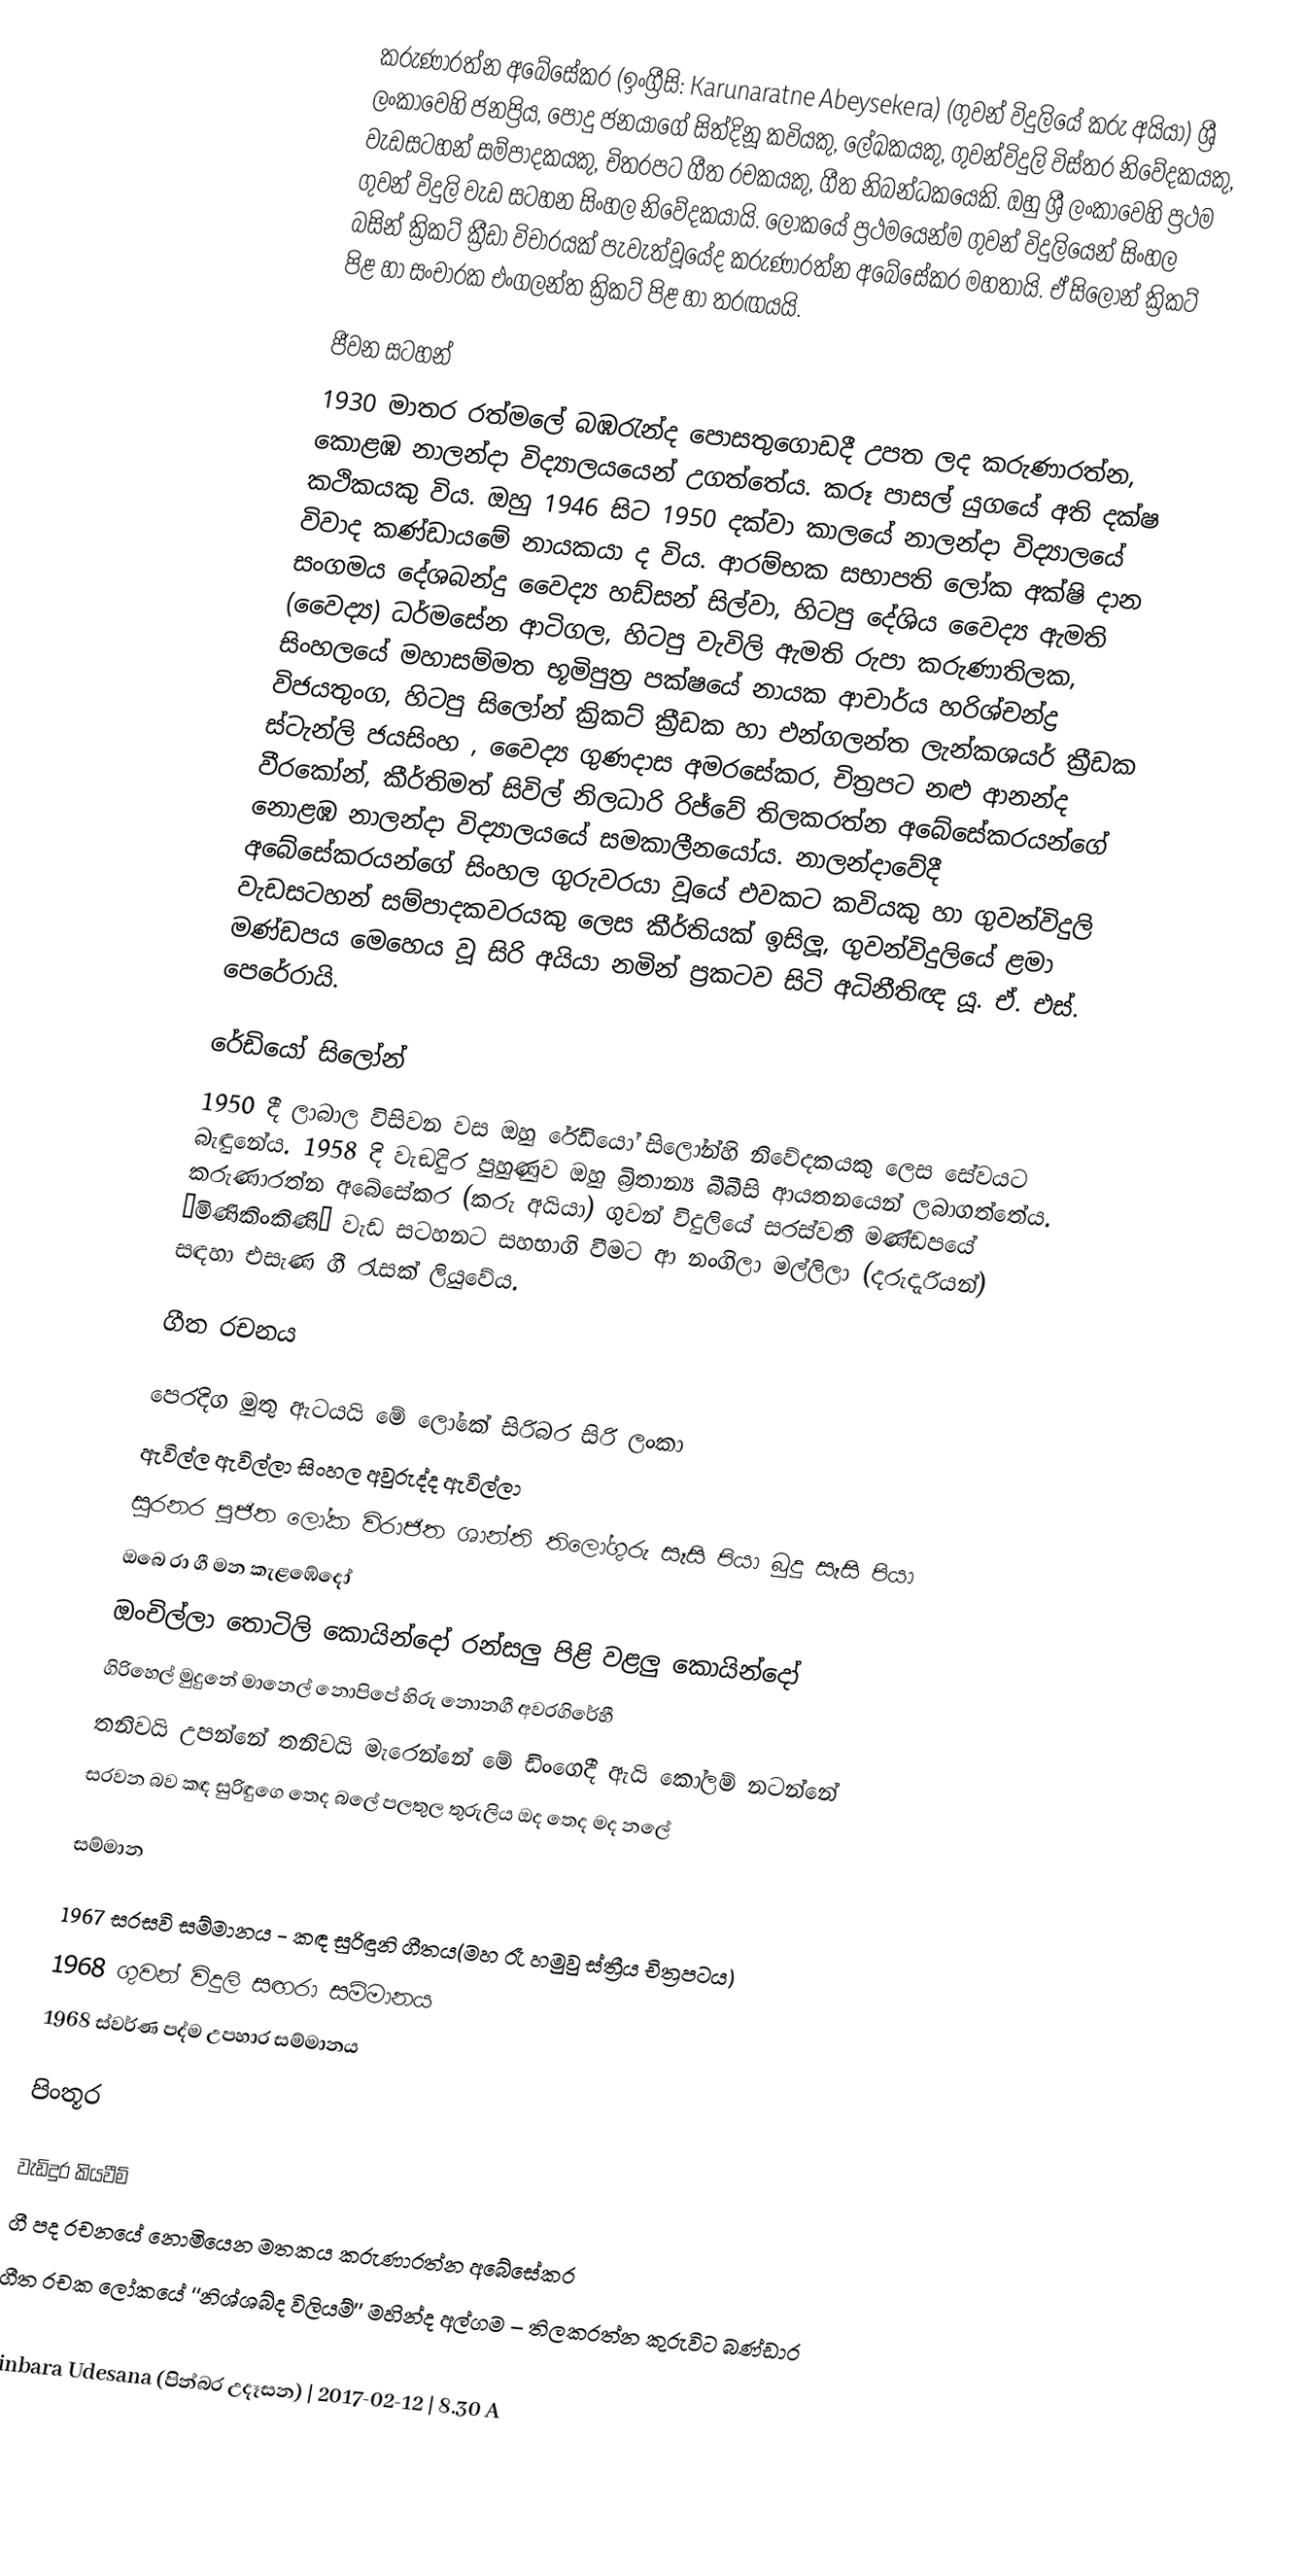
කරුණාරත්න අබේසේකර (ඉංග්‍රීසි: Karunaratne Abeysekera) (ගුවන් විදුලියේ කරු අයියා) ශ්‍රී ලංකාවෙහි ජනප්‍රිය, පොදු ජනයාගේ සිත්දිනූ කවියකු, ලේඛකයකු, ගුවන්විදුලි විස්තර නිවේදකයකු, වැඩසටහන් සම්පාදකයකු, චිත‍්‍රපට ගීත රචකයකු, ගීත නිබන්ධකයෙකි. ඔහු ශ්‍රී ලංකාවෙහි ප්‍රථම ගුවන් විදුලි වැඩ සටහන සිංහල නිවේදකයායි. ලෝකයේ ප්‍රථමයෙන්ම ගුවන් විදුලියෙන් සිංහල බසින් ක්‍රිකට් ක්‍රීඩා විචාරයක් පැවැත්වූයේද කරුණාරත්න අබේසේකර මහතායි. ඒ සිලෝන් ක්‍රිකට් පිළ හා සංචාරක එංගලන්ත ක්‍රිකට් පිළ හා තරඟයයි.

ජීවන සටහන්
1930 මාතර රත්මලේ බඹරැන්ද පොසතුගොඩදී උපත ලද කරුණාරත්න, කොළඹ නාලන්දා විද්‍යාලයයෙන් උගත්තේය.  කරූ පාසල් යුගයේ අති දක්ෂ කථිකයකු විය. ඔහු 1946 සිට 1950 දක්වා කාලයේ නාලන්දා විද්‍යාලයේ විවාද කණ්ඩායමේ නායකයා ද විය. ආරම්භක සභාපති ලෝක අක්ෂි දාන සංගමය දේශබන්දු වෛද්‍ය හඩ්සන් සිල්වා, හිටපු දේශිය වෛද්‍ය ඇමති (වෛද්‍ය) ධර්මසේන ආටිගල, හිටපු වැවිලි ඇමති රුපා කරුණාතිලක, සිංහලයේ මහාසම්මත භූමිපුත්‍ර පක්ෂයේ නායක ආචාර්ය හරිශ්චන්ද්‍ර විජයතුංග, හිටපු සිලෝන් ක්‍රිකට් ක්‍රීඩක හා එන්ගලන්ත ලැන්කශයර් ක්‍රීඩක ස්ටැන්ලි ජයසිංහ , වෛද්‍ය ගුණදාස අමරසේකර, චිත්‍රපට නළු ආනන්ද වීරකෝන්, කීර්තිමත් සිවිල් නිලධාරි රිජ්වේ තිලකරත්න අබේසේකරයන්ගේ නොළඹ නාලන්දා විද්‍යාලයයේ සමකාලීනයෝය. නාලන්දාවේදී අබේසේකරයන්ගේ සිංහල ගුරුවරයා වූයේ එවකට කවියකු හා ගුවන්විදුලි වැඩසටහන් සම්පාදකවරයකු ලෙස කීර්තියක් ඉසිලූ, ගුවන්විදුලියේ ළමා මණ්ඩපය මෙහෙය වූ සිරි අයියා නමින් ප‍්‍රකටව සිටි අධිනීතිඥ යූ. ඒ. එස්. පෙරේරායි.

රේඩියෝ සිලෝන්
1950 දී ලාබාල විසිවන වස ඔහු රේඩියෝ සිලෝන්හි නිවේදකයකු ලෙස සේවයට බැඳුනේය. 1958 දි වැඞිදුර පුහුණුව ඔහු බ්‍රිතාන්‍ය බීබීසි ආයතනයෙන් ලබාගත්තේය. කරුණාරත්න අබේසේකර (කරු අයියා) ගුවන් විදුලියේ සරස්වතී මණ්ඩපයේ ‘මිණිකිංකිණි’ වැඩ සටහනට සහභාගි වීමට ආ නංගිලා මල්ලිලා (දරුදැරියන්) සඳහා එසැණ ගී රැසක් ලියුවේය.

ගීත රචනය

 පෙරදිග මුතු ඇටයයි මේ ලෝකේ සිරිබර සිරි ලංකා
 ඇවිල්ල ඇවිල්ලා සිංහල අවුරුද්ද ඇවිල්ලා
 සුරනර පූජිත ලෝක විරාජිත ශාන්ති තිලෝගුරු සෑසි පියා බුදු සෑසි පියා
 ඔබෙ රා ගී මන කැළඹේදෝ
 ඔංචිල්ලා තොටිලි කොයින්දෝ රන්සලු පිළි වළලු කොයින්දෝ
 ගිරිහෙල් මුදුනේ මානෙල් නොපිපේ හිරු නොනගී අවරගිරේහී
 තනිවයි උපන්නේ තනිවයි මැරෙන්නේ මේ ඩිංගෙදී ඇයි කෝලම් නටන්නේ
 සරවන බව කඳ සුරිඳුගෙ තෙද බලේ පලතුල තුරුලිය ඔද තෙද මද නලේ

සම්මාන

 1967 සරසවි සම්මානය - කඳ සුරිඳුනි ගීතය(මහ රෑ හමුවු ස්ත්‍රීය චිත්‍රපටය)
 1968 ගුවන් විදුලි සඟරා සම්මානය‍
 1968 ස්වර්ණ පද්ම උපහාර සම්මානය

පිංතූර

වැඩිදුර කියවීම්
 ගී පද රචනයේ නොමියෙන මතකය කරුණාරත්න අබේසේකර
 ගීත රචක ලෝකයේ ‘‘නිශ්ශබ්ද විලියම්’’ මහින්ද අල්ගම – තිලකරත්න කුරුවිට බණ්ඩාර

 Pinbara Udesana (පින්බර උදෑසන) | 2017-02-12 | 8.30 A